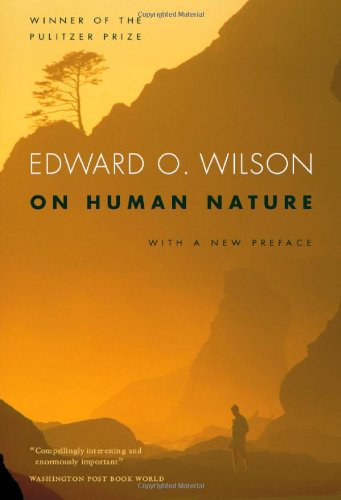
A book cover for On Human Nature: With a new Preface, Revised Edition; Edward O. Wilson; Medical Books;